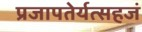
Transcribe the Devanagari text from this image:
प्रजापतेर्यत्सहजं